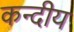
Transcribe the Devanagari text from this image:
कन्दीय